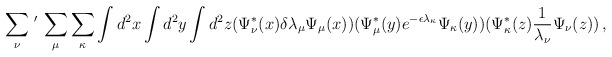
\begin{align*}\sum_{\nu}\,^{\prime}\,\sum_{\mu}\sum_{\kappa}\int d^2 x \int d^2 y \int d^2 z(\Psi_{\nu}^{*}(x) \delta\lambda_{\mu}\Psi_{\mu}(x))(\Psi_{\mu}^{*}(y) e^{-\epsilon\lambda_{\kappa}} \Psi_{\kappa }(y))(\Psi_{\kappa}^{*}(z) {1\over{\lambda_{\nu}}}\Psi_{\nu}(z))\, ,\end{align*}